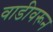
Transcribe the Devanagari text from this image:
वाडीवरून